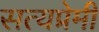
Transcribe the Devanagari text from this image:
सत्यप्रेमी